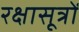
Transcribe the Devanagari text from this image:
रक्षासूत्रों